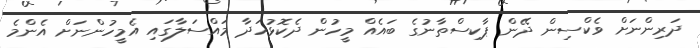
ދަރިންނަށް ވެކްސިން ދޭން ޕާކިސްތާނުގެ ބައެއް މީހުން ދެކޮޅުހަދާ މައްސަލާގައި އެމީހުންނަށް އެންމެ